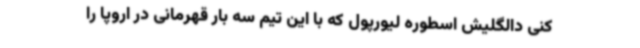
کنی دالگلیش اسطوره لیورپول که با این تیم سه بار قهرمانی در اروپا را